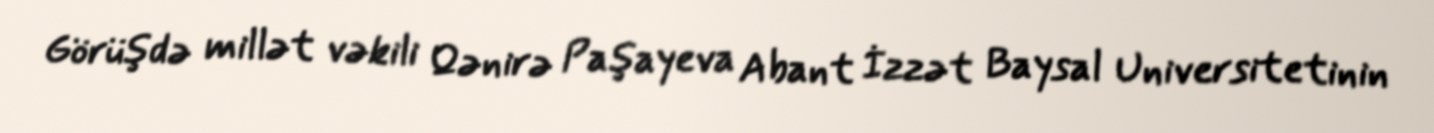
Görüşdə millət vəkili Qənirə Paşayeva Abant İzzət Baysal Universitetinin